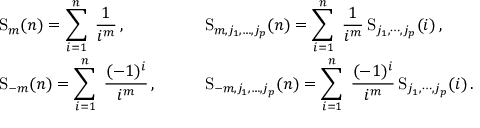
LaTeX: \begin{array} { l l } { { \displaystyle \mathrm { S } _ { m } ( n ) = \sum _ { i = 1 } ^ { n } \; \frac { 1 } { i ^ { m } } \, , } } & { { \displaystyle \mathrm { S } _ { m , j _ { 1 } , \ldots , j _ { p } } ( n ) = \sum _ { i = 1 } ^ { n } \; \frac { 1 } { i ^ { m } } \, \mathrm { S } _ { j _ { 1 } , \cdots , j _ { p } } ( i ) \, , } } \\ { { \displaystyle \mathrm { S } _ { - m } ( n ) = \sum _ { i = 1 } ^ { n } \; \frac { ( - 1 ) ^ { i } } { i ^ { m } } \, , \qquad } } & { { \displaystyle \mathrm { S } _ { - m , j _ { 1 } , \ldots , j _ { p } } ( n ) = \sum _ { i = 1 } ^ { n } \; \frac { ( - 1 ) ^ { i } } { i ^ { m } } \, \mathrm { S } _ { j _ { 1 } , \cdots , j _ { p } } ( i ) \, . } } \end{array}